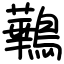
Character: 鷨